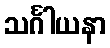
သင်္ဂါယနာ